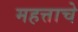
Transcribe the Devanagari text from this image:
महत्ताचे